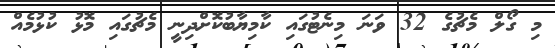
މި ގޯލް މެޗުގެ 32 ވަނަ މިނެޓުގައި ކާމިޔާބުކޮށްދިނީ މެޗުގައި މޮޅު ކުޅުމެއް